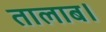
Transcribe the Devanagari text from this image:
तालाब।